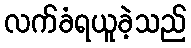
လက်ခံရယူခဲ့သည်